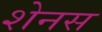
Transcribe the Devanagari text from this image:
शेनस